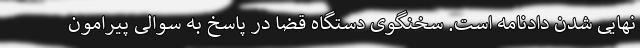
نهایی شدن دادنامه است. سخنگوی دستگاه قضا در پاسخ به سوالی پیرامون